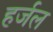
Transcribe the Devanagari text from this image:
हर्जल